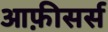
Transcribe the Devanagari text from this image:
आफ़ीसर्स